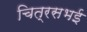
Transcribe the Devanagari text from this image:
चित्रसभई